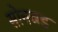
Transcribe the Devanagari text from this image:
सोनवड